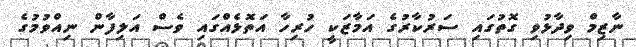
ނާޒިމް ވިދާޅުވި ގޮތުގައި ސަރުކާރުގެ އަމާޒަކީ ހުރިހާ އަތޮޅެއްގައި ވެސް އަލިފާން ނިއްވުމުގެ